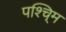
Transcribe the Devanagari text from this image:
पश्चि्म